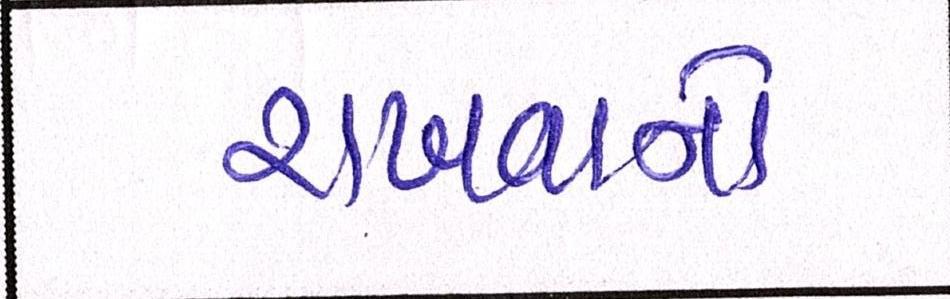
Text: રાખવાનો